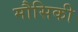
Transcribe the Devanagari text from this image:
मौसिकी